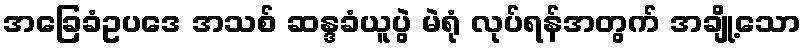
အခြေခံဥပဒေ အသစ် ဆန္ဒခံယူပွဲ မဲရုံ လုပ်ရန်အတွက် အချို့သော